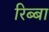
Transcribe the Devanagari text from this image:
रिब्बा